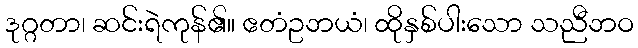
ဒုဂ္ဂတာ၊ ဆင်းရဲကုန်၏။ ဧတံဥဘယံ၊ ထိုနှစ်ပါးသော သညီဘဝ